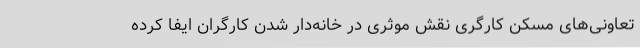
تعاونی‌های مسکن کارگری نقش موثری در خانه‌دار شدن کارگران ایفا کرده